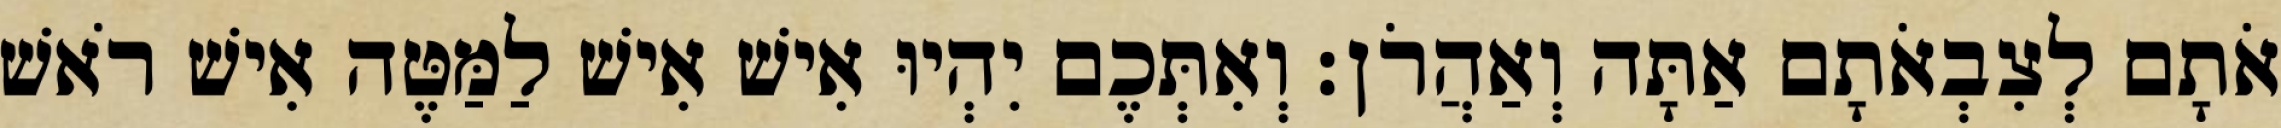
אֹתָם לְצִבְאֹתָם אַתָּה וְאַהֲרֹן׃ וְאִתְּכֶם יִהְיוּ אִישׁ אִישׁ לַמַּטֶּה אִישׁ רֹאשׁ